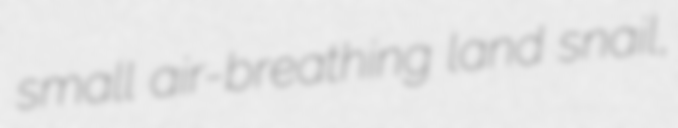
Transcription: small air-breathing land snail,